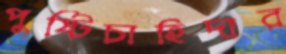
পুষ্টিচাহিদার